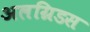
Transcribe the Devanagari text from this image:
अलग्रिडस